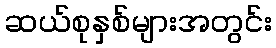
ဆယ်စုနှစ်များအတွင်း